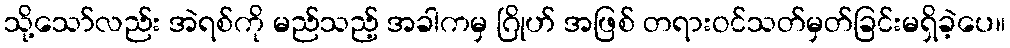
သို့သော်လည်း အဲရစ်ကို မည်သည့် အခါကမှ ဂြိုဟ် အဖြစ် တရားဝင်သတ်မှတ်ခြင်းမရှိခဲ့ပေ။